Plague in India, 1896, 1897 - Volume 3
Year: 1896
Disease focus: Plague
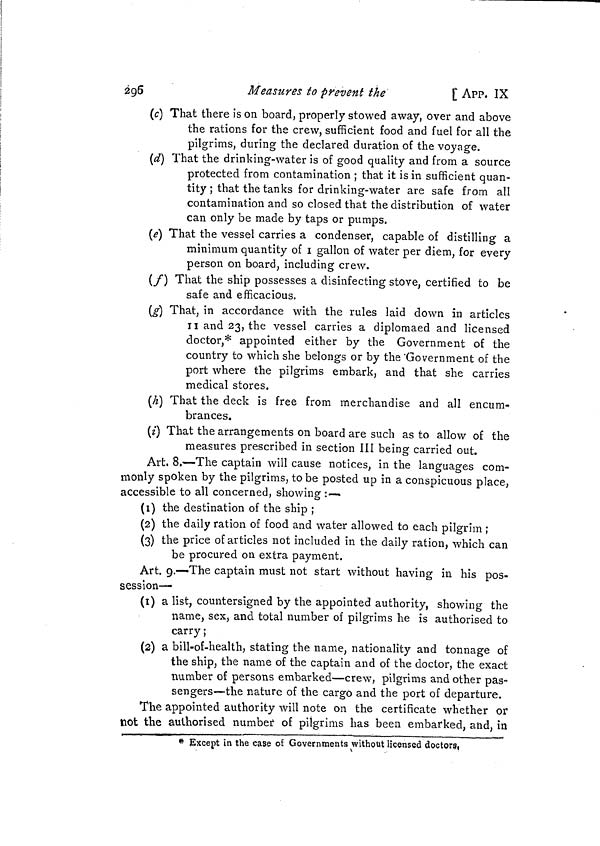
296
Measures to prevent the
[ APP. IX
(c) That there is on board, properly stowed away, over and above
the rations for the crew, sufficient food and fuel for all the
pilgrims, during the declared duration of the voyage.
(d) That the drinking-water is of good quality and from a source
protected from contamination ; that it is in sufficient quan-
tity ; that the tanks for drinking-water are safe from all
contamination and so closed that the distribution of water
can only be made by taps or pumps.
(e) That the vessel carries a condenser, capable of distilling a
minimum quantity of 1 gallon of water per diem, for every
person on board, including crew.
(f) That the ship possesses a disinfecting stove, certified to be
safe and efficacious.
(g) That, in accordance with the rules laid down in articles
II and 23, the vessel carries a diplomaed and licensed
doctor,* appointed either by the Government of the
country to which she belongs or by the Government of the
port where the pilgrims embark, and that she carries
medical stores.
(h) That the deck is free from merchandise and all encum-
brances.
(i) That the arrangements on board are such as to allow of the
measures prescribed in section III being carried out.
Art. 8.—The captain will cause notices, in the languages com-
monly spoken by the pilgrims, to be posted up in a conspicuous place,
accessible to all concerned, showing :—
(1) the destination of the ship ;
(2) the daily ration of food and water allowed to each pilgrim ;
(3) the price of articles not included in the daily ration, which can
be procured on extra payment.
Art. 9.—The captain must not start without having in his pos-
session—
(1) a list, countersigned by the appointed authority, showing the
name, sex, and total number of pilgrims he is authorised to
carry ;
(2) a bill-of-health, stating the name, nationality and tonnage of
the ship, the name of the captain and of the doctor, the exact
number of persons embarked—crew, pilgrims and other pas-
sengers—the nature of the cargo and the port of departure.
The appointed authority will note on the certificate whether or
not the authorised number of pilgrims has been embarked, and, in
* Except in the case of Governments without licensed doctors,